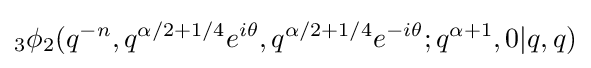
_{3}\phi _{2}(q^{-n},q^{\alpha /2+1/4}e^{i\theta },q^{\alpha /2+1/4}e^{-i\theta };q^{\alpha +1},0|q,q)